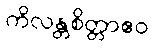
ကိလန္တစိတ္တာဧဝ